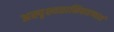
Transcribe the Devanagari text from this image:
अस्पृश्यतानिवारणार्थ